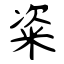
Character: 粢